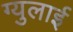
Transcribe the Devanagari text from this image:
ग्युलाई